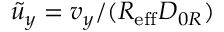
\tilde { u } _ { y } = v _ { y } / ( { R _ { \mathrm { e f f } } D _ { 0 R } } )